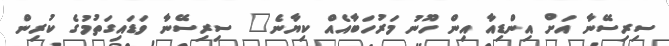
ސިރިސޭނާ އަށް އިންްޑިއާ އިން ހޫނު މަރުހަބާއެއް ކިޔާނެ" ސިރިސޭނާ ވަޑައިގަތުމުގެ ކުރިން